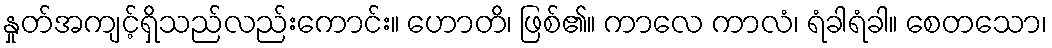
နှုတ်အကျင့်ရှိသည်လည်းကောင်း။ ဟောတိ၊ ဖြစ်၏။ ကာလေ ကာလံ၊ ရံခါရံခါ။ စေတသော၊